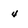
Character: 4